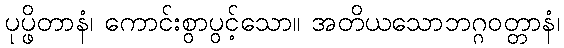
ပုပ္ဖိတာနံ၊ ကောင်းစွာပွင့်သော။ အတိယသောဘဂ္ဂဝတ္တာနံ၊